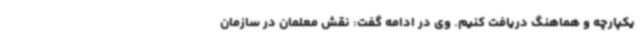
یکپارچه و هماهنگ دریافت کنیم. وی در ادامه گفت: نقش معلمان در سازمان